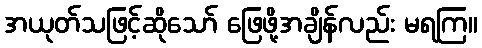
အယုတ်သဖြင့်ဆိုသော် ဖြေဖို့အချိန်လည်း မရကြ။